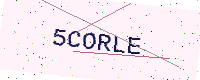
Text: 5CORLE